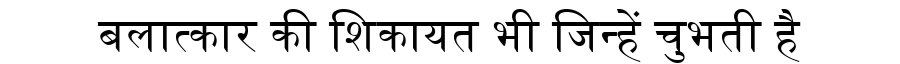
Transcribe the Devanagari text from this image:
बलात्कार की शिकायत भी जिन्हें चुभती है